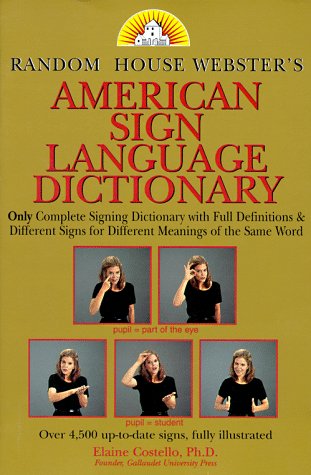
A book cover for Random House Webster's American Sign Language Dictionary; Elaine Costello; Law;